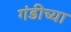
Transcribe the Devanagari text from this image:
गंडीच्या